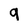
Character: g